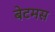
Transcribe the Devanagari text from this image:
बेटमस